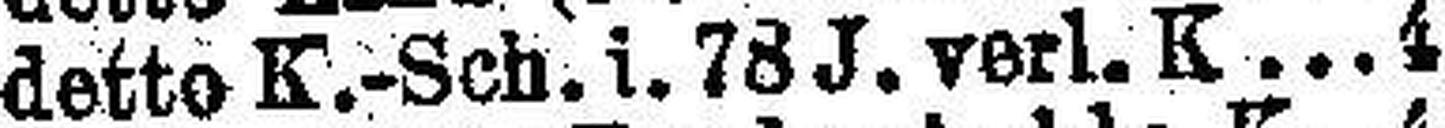
detto K.-Sch. i. 78 J. verl. K 4